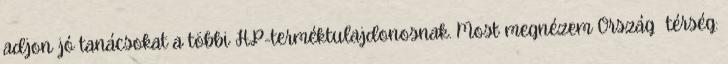
adjon jó tanácsokat a többi HP-terméktulajdonosnak. Most megnézem Ország térség: